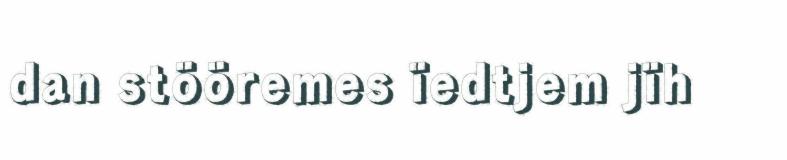
dan stööremes ïedtjem jïh